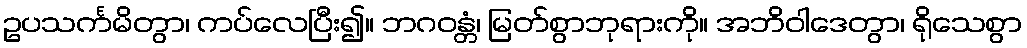
ဥပသင်္ကမိတွာ၊ ကပ်လေပြီး၍။ ဘဂဝန္တံ၊ မြတ်စွာဘုရားကို။ အဘိဝါဒေတွာ၊ ရိုသေစွာ